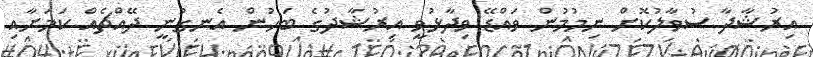
އިރުޝާދާ ސުވާލުކޮށް ނިމުމުން ވައްޑޭ ވިދާޅުވީ އިރުޝާދުގެ ބަހުން އެނގުނީ ދޭއްޗެއް ކަމަށާއި